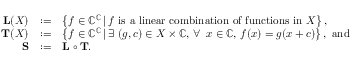
\begin{array} { r c l } { \mathbf { L } ( X ) } & { : = } & { \left\{ f \in \mathbb { C } ^ { \mathbb { C } } \, | \, f \mathrm { ~ i s ~ a ~ l i n e a r ~ c o m b i n a t i o n ~ o f ~ f u n c t i o n s ~ i n ~ } X \right\} , } \\ { \mathbf { T } ( X ) } & { : = } & { \left\{ f \in \mathbb { C } ^ { \mathbb { C } } \, | \, \exists \ ( g , c ) \in X \times \mathbb { C } , \, \forall \ \, x \in \mathbb { C } , \, f ( x ) = g ( x + c ) \right\} , \ \mathrm { a n d } } \\ { \mathbf { S } } & { : = } & { \mathbf { L } \circ \mathbf { T } . } \end{array}